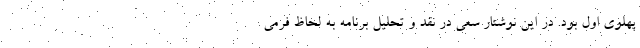
پهلوی اول بود. در این نوشتار سعی در نقد و تحلیل برنامه به لحاظ فرمی